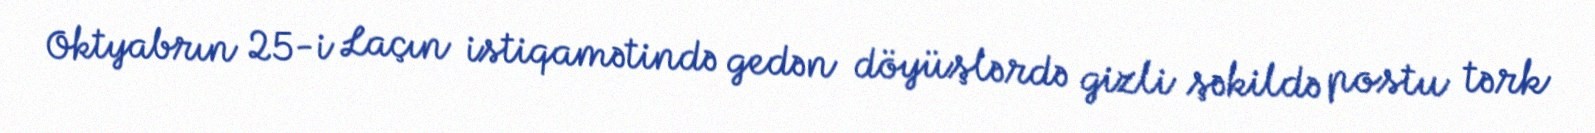
Oktyabrın 25-i Laçın istiqamətində gedən döyüşlərdə gizli şəkildə postu tərk